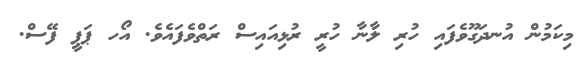
މިކަމުން އުނދަގޫވެފައި ހުރި ލާނާ ހުރީ ރުޅިއައިސް ރަތްވެފައެވެ. އޯހ ޕަޕީ ފޭސް.